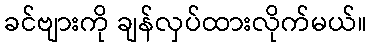
ခင်ဗျားကို ချန်လှပ်ထားလိုက်မယ်။